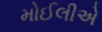
મોઈલીએ